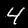
Digit: 4